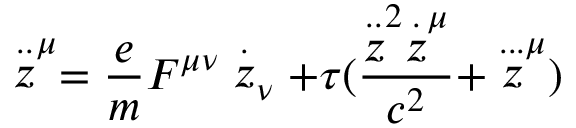
\stackrel { . . } { z } ^ { \mu } = \frac { e } { m } F ^ { \mu \nu } \stackrel { . } { z } _ { \nu } + \tau ( \frac { \stackrel { . . } { z } ^ { 2 } \stackrel { . } { z } ^ { \mu } } { c ^ { 2 } } + \stackrel { . . . } { z } ^ { \mu } )